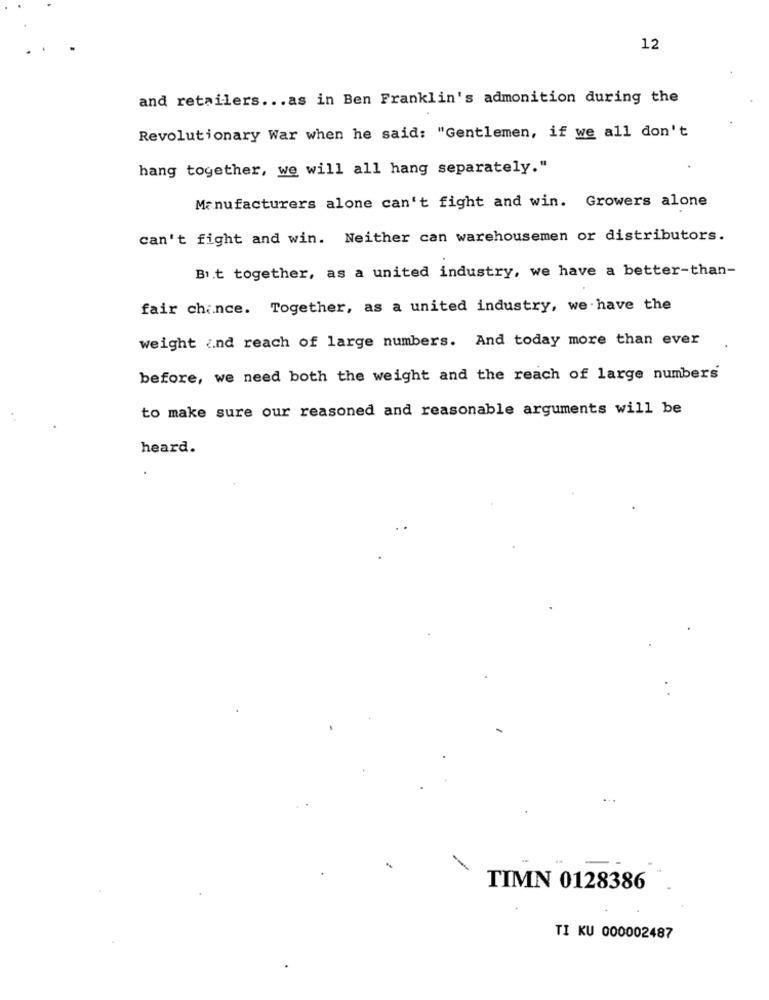
12
and retailers ... as in Ben Franklin's admonition during the
Revolutionary War when he said: "Gentlemen, if we all don't
hang together, we will all hang separately."
Manufacturers alone can't fight and win. Growers alone
can't fight and win. Neither can warehousemen or distributors.
Bit together, as a united industry, we have a better-than-
fair chance. Together, as a united industry, we have the
weight and reach of large numbers. And today more than ever
before, we need both the weight and the reach of large numbers
to make sure our reasoned and reasonable arguments will be
heard.
TIMN 0128386
TI KU 000002487